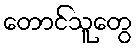
တောင်သူတွေ